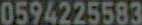
0594225583